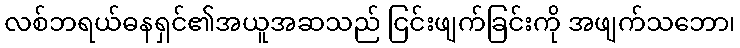
လစ်ဘရယ်ဓနရှင်၏အယူအဆသည် ငြင်းဖျက်ခြင်းကို အဖျက်သဘော၊